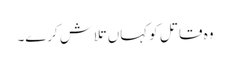
وہ قاتل کو کہاں تلاش کرے۔